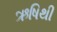
ઋષિથી